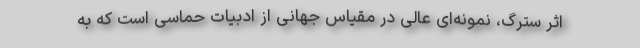
اثر سترگ، نمونه‌ای عالی در مقیاس جهانی از ادبیات حماسی است که به